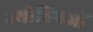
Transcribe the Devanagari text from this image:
ज्योतिषज्ञों